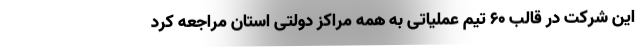
این شرکت در قالب ۶۰ تیم عملیاتی به همه مراکز دولتی استان مراجعه کرد